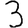
Digit: 3